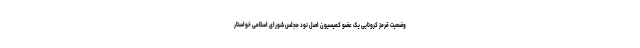
وضعیت قرمز کرونایی یک عضو کمیسیون اصل نود مجلس شورای اسلامی خواستار